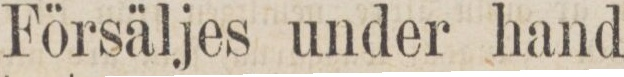
Försäljes under hand